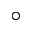
\circ